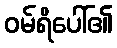
ဝမ်ရိပေါ်၏